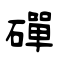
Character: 磾